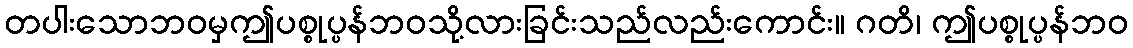
တပါးသောဘဝမှဤပစ္စုပ္ပန်ဘဝသို့လားခြင်းသည်လည်းကောင်း။ ဂတိ၊ ဤပစ္စုပ္ပန်ဘဝ